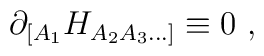
\partial_{[A_1}H_{A_2 A_3 \ldots]} \equiv  0 \ ,